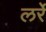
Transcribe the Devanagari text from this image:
लर्रे